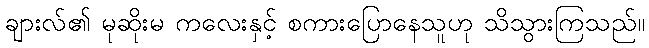
ချားလ်၏ မုဆိုးမ ကလေးနှင့် စကားပြောနေသူဟု သိသွားကြသည်။